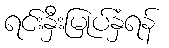
ရင်းနှီးမြုပ်နှံရန်